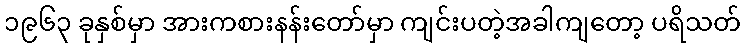
၁၉၆၃ ခုနှစ်မှာ အားကစားနန်းတော်မှာ ကျင်းပတဲ့အခါကျတော့ ပရိသတ်